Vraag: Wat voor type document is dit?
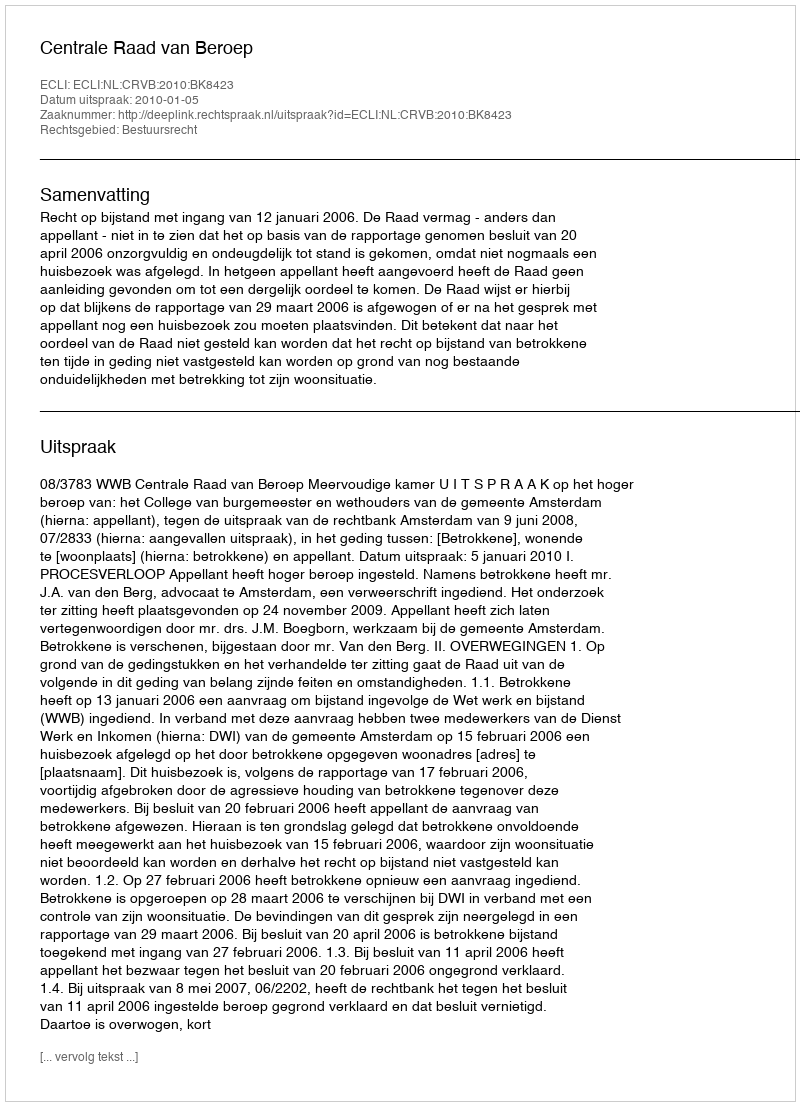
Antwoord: Uitspraak